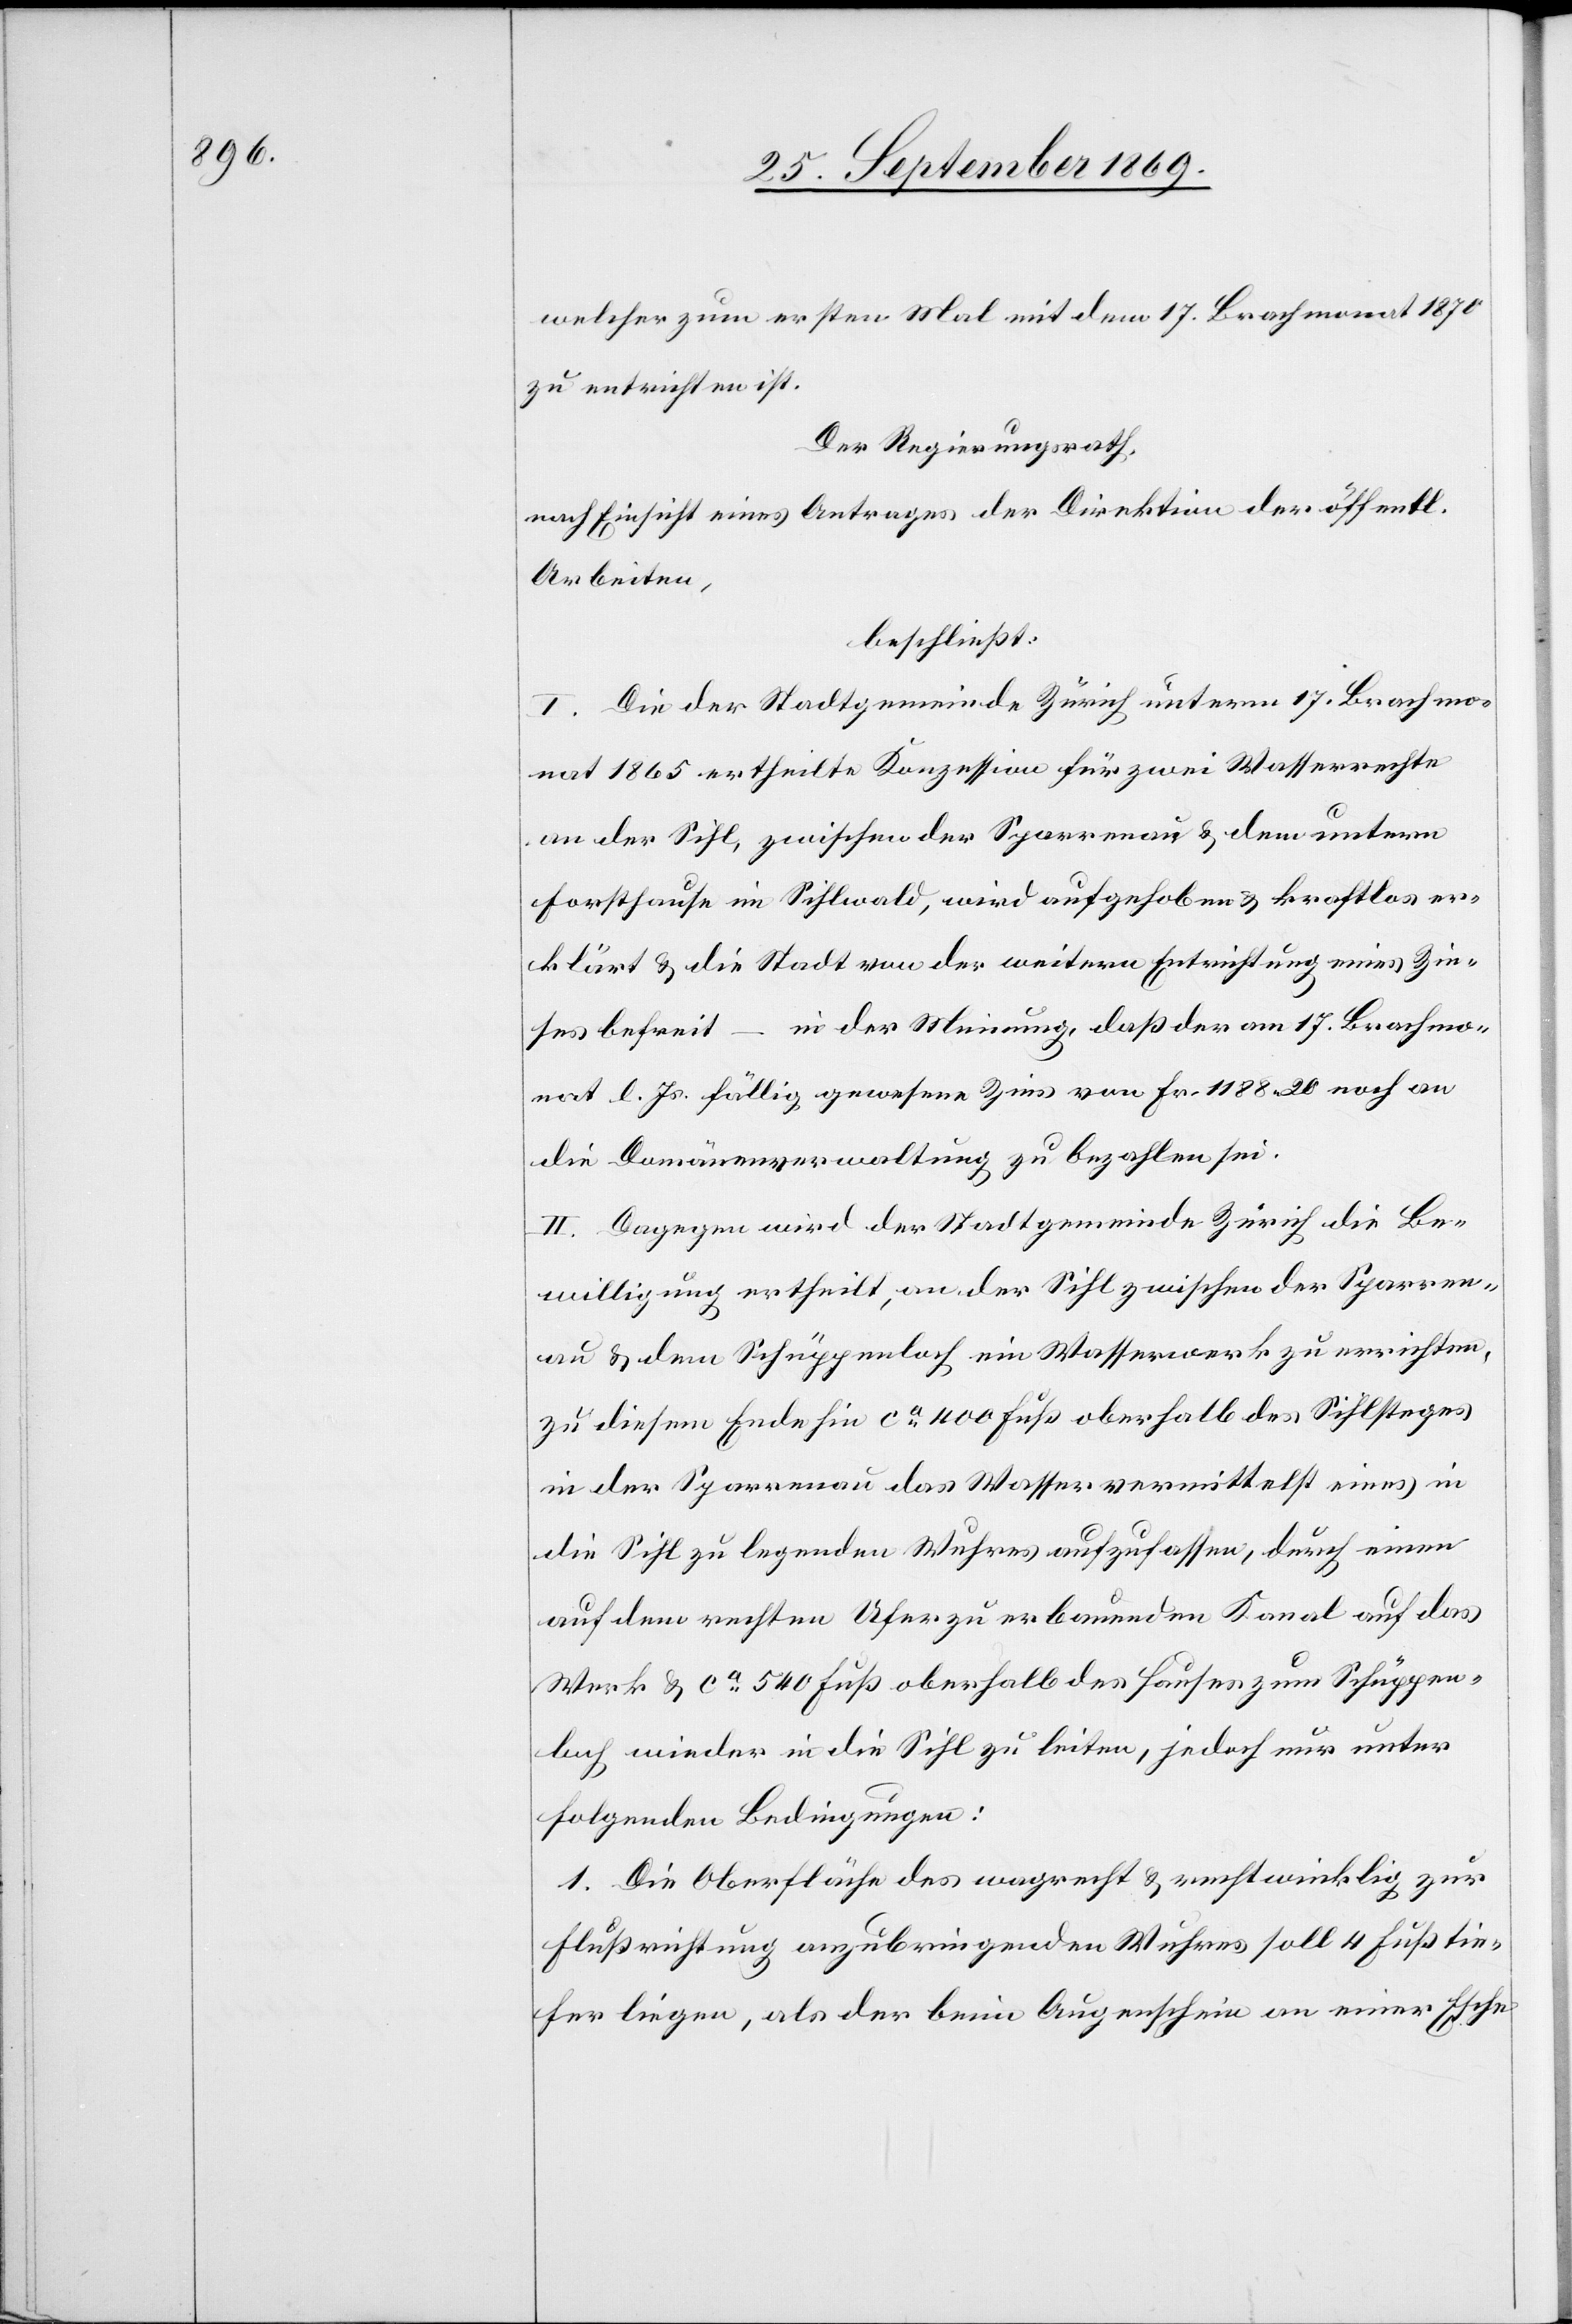
welcher zum ersten Mal mit dem 17. Brachmonat 1870
zu entrichten ist.
Der Regierungsrath,
nach Einsicht eines Antrages der Direktion der öffentl.
Arbeiten,
beschließt:
I. Die der Stadtgemeinde Zürich unterm 17. Brachmo¬
nat 1865 ertheilte Konzession für zwei Wasserrechte
an der Sihl, zwischen der Sparrenau & dem untern
Forsthause im Sihlwald, wird aufgehoben & kraftlos er¬
klärt & die Stadt von der weitern Entrichtung eines Zin¬
ses befreit – in der Meinung, daß der am 17. Brachmo¬
nat l. Js. fällig gewesene Zins von Fr. 1188 20 noch an
die Domänenverwaltung zu bezahlen sei.
II. Dagegen wird der Stadtgemeinde Zürich die Be¬
willigung ertheilt, an der Sihl zwischen der Sparren¬
au & dem Schüppenloch ein Wasserwerk zu errichten,
zu diesem Ende hin ca 400 Fuß oberhalb des Sihlsteges
in der Sparrenau das Wasser vermittelst eines in
die Sihl zu legenden Wuhres aufzufassen, durch einen
auf dem rechten Ufer zu erbauenden Kanal auf das
Werk & ca 540 Fuß oberhalb des Hauses zum Schüppen¬
loch wieder in die Sihl zu leiten, jedoch nur unter
folgenden Bedingungen:
1. Die Oberfläche des wagrecht & rechtwinklig zur
Flußrichtung anzubringenden Wuhres soll 4 Fuß tie¬
fer liegen, als der beim Augenschein an einer Esche